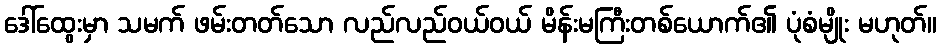
ဒေါ်ထွေးမှာ သမက် ဖမ်းတတ်သော လည်လည်ဝယ်ဝယ် မိန်းမကြီးတစ်ယောက်၏ ပုံစံမျိုး မဟုတ်။